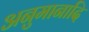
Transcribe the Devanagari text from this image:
अनुमानादि